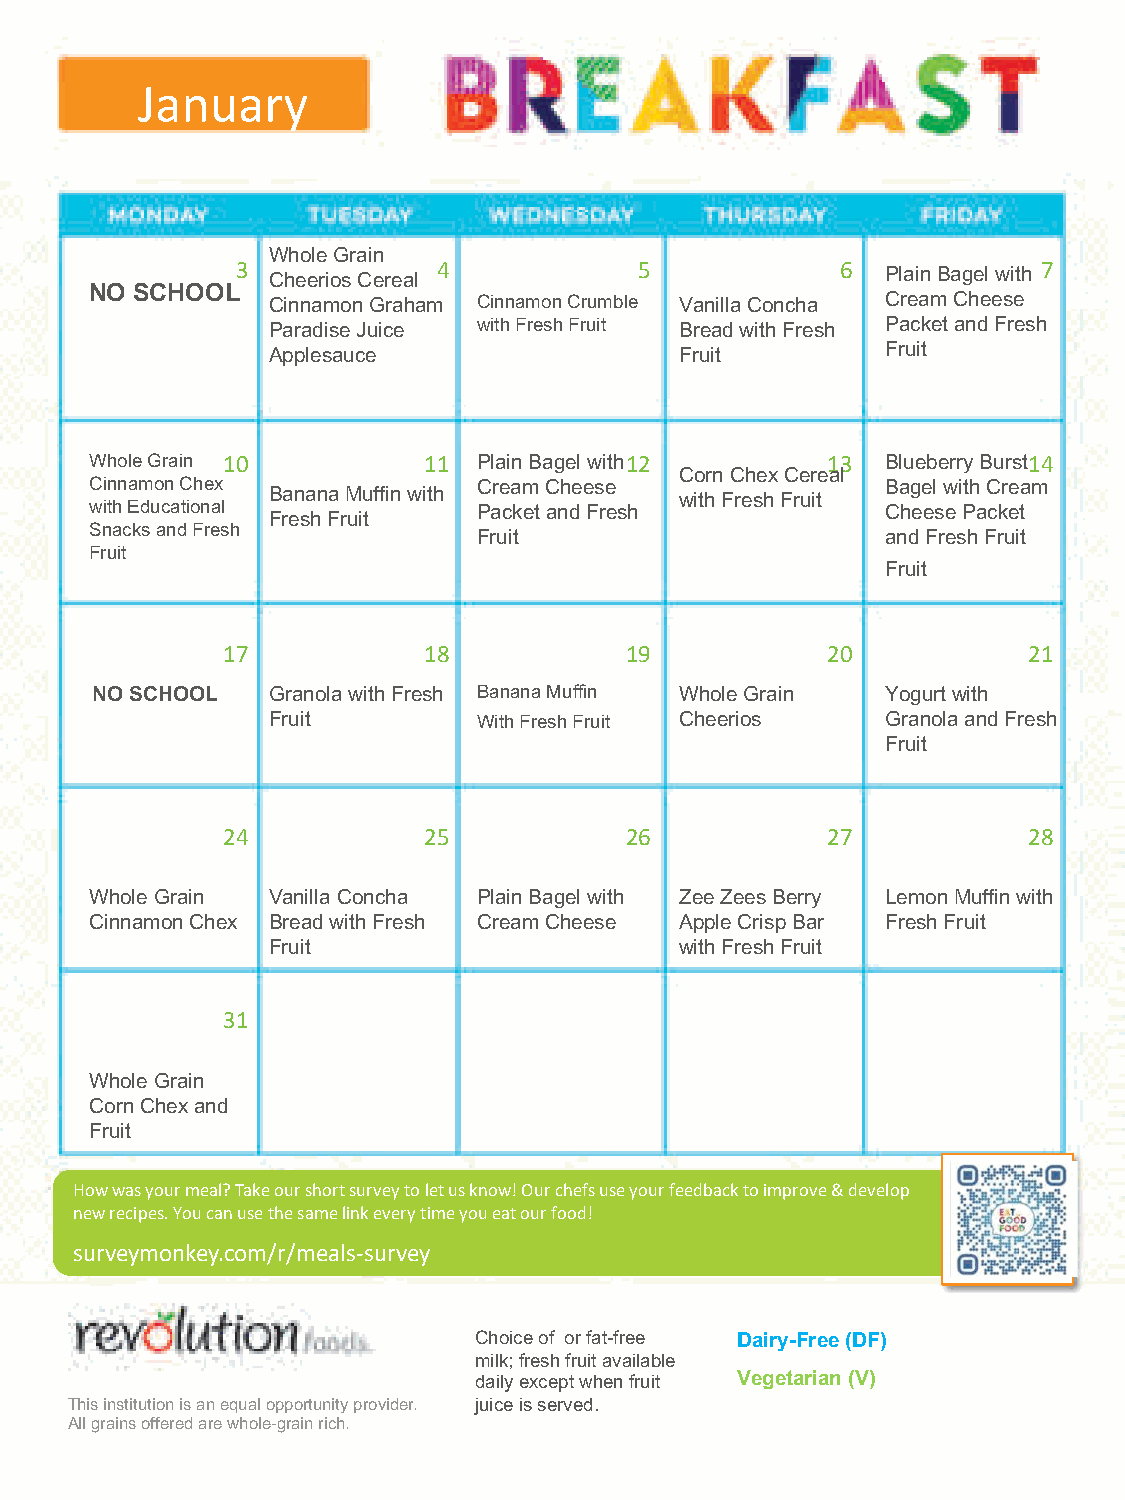
January
 Whole Grain
 3 Cheerios Cereal 4       5             6  Plain Bagel with 7
 NO SCHOOL
 Cinnamon Graham Cinnamon Crumble Vanilla Concha Cream Cheese
 Paradise Juice with Fresh Fruit Bread with Fresh Packet and Fresh
 Applesauce                 Fruit         Fruit
 Whole Grain 10        11  Plain Bagel with 12    13  Blueberry Burst 14
 Corn Chex Cereal
 Cinnamon Chex             Cream Cheese               Bagel with Cream
 Banana Muffin with         with Fresh Fruit
 with Educational          Packet and Fresh           Cheese Packet
 Fresh Fruit
 Snacks and Fresh
 Fruit                      and Fresh Fruit
 Fruit
 Fruit
 17           18           19            20           21
 NO SCHOOL   Granola with Fresh Banana Muffin Whole Grain Yogurt with
 Fruit         With Fresh Fruit Cheerios  Granola and Fresh
 Fruit
 24           25           26            27           28
 Whole Grain Vanilla Concha Plain Bagel with Zee Zees Berry Lemon Muffin with
 Cinnamon Chex Bread with Fresh Cream Cheese Apple Crisp Bar Fresh Fruit
 Fruit                      with Fresh Fruit
 31
 Whole Grain
 Corn Chex and
 Fruit
 How was your meal? Take our short survey to let us know! Our chefs use your feedback to improve & develop
 new recipes. You can use the same link every time you eat our food!
 surveymonkey.com/r/meals-survey
 Choice of or fat-free Dairy-Free (DF)
 milk; fresh fruit available
 daily except when fruit Vegetarian (V)
 This institution is an equal opportunity provider. juice is served.
 All grains offered are whole-grain rich.